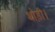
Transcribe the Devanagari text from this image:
थोड़ी।